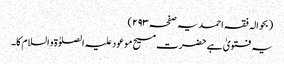
(بحوالہ فقہ احمدیہ صفحہ ۲۹۳)
یہ فتویٰ ہے حضرت مسیح موعود علیہ الصلوٰۃ و السلام کا۔